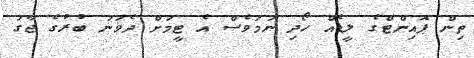
ތިން ޕޮއިންޓްގެ ލީޑެއް ހޯދި ނަމަވެސް އެ ޓީމަށް ދެވަނަ ބުރުގެ ޖާގަ